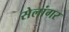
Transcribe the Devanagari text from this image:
सेलांगर